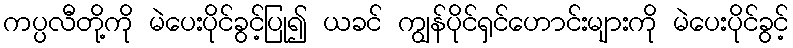
ကပ္ပလီတို့ကို မဲပေးပိုင်ခွင့်ပြု၍ ယခင် ကျွန်ပိုင်ရှင်ဟောင်းများကို မဲပေးပိုင်ခွင့်